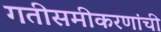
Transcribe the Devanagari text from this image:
गतीसमीकरणांची